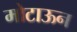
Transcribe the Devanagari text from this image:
मोटाऊन